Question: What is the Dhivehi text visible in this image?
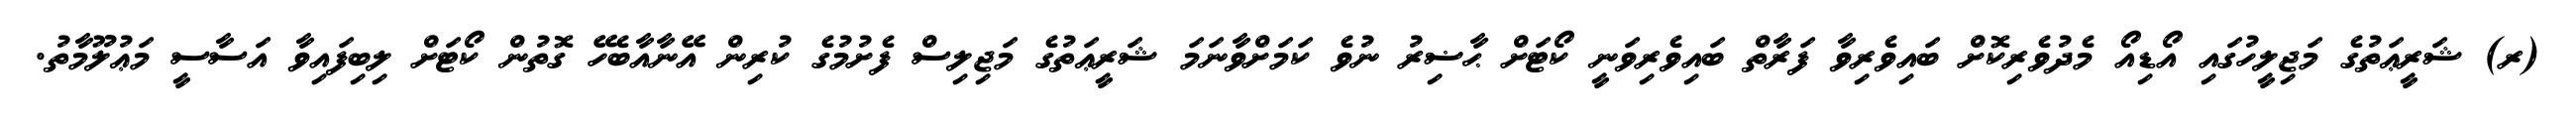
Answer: (ރ) ޝަރީޢަތުގެ މަޖިލީހުގައި އޯޑިއޯ މެދުވެރިކޮށް ބައިވެރިވާ ފަރާތް ބައިވެރިވަނީ ކޯޓަށް ޙާޟިރު ނުވެ ކަމަށްވާނަމަ ޝަރީޢަތުގެ މަޖިލިސް ފެށުމުގެ ކުރިން އޭނާއާބެހޭ ގޮތުން ކޯޓަށް ލިބިފައިވާ އަސާސީ މަޢުލޫމާތު.